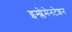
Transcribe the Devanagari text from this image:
इम्प्लेमेनटेशन